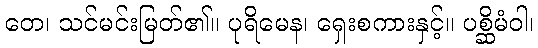
တေ၊ သင်မင်းမြတ်၏။ ပုရိမေန၊ ရှေးစကားနှင့်။ ပစ္ဆိမံဝါ၊